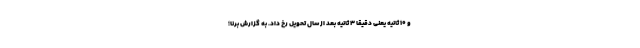
و ۱۰ ثانیه یعنی دقیقاً ۳ ثانیه بعد از سال تحویل رخ داد. به گزارش برنا؛